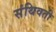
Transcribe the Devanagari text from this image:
संथिवती